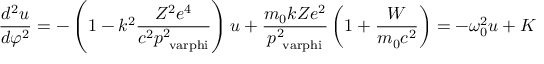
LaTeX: { \frac { d ^ { 2 } u } { d \varphi ^ { 2 } } } = - \left( 1 - k ^ { 2 } { \frac { Z ^ { 2 } e ^ { 4 } } { c ^ { 2 } p _ { \mathrm { \ v a r p h i } } ^ { 2 } } } \right) u + { \frac { m _ { \mathrm { 0 } } k Z e ^ { 2 } } { p _ { \mathrm { \ v a r p h i } } ^ { 2 } } } \left( 1 + { \frac { W } { m _ { \mathrm { 0 } } c ^ { 2 } } } \right) = - \omega _ { \mathrm { 0 } } ^ { 2 } u + K